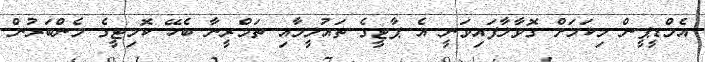
އެމްޑީޕީން މިކަމަށް ގޮވާލާފައިވަނީ އެ ޕާޓީގެ ތައުލީމާއި ތަމްރީނާ ބެހޭ ކޮމިޓީގެ މެންބަރުން